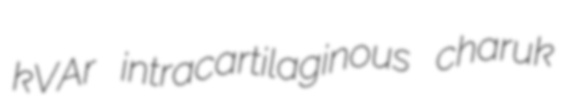
kVAr intracartilaginous charuk